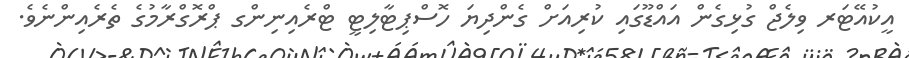
އީކުއޭޓަރ ވިލެޖް ގުޅިގެން އައްޑޫގައި ކުރިއަށް ގެންދިޔަ ހޮސްޕިޓާލިޓީ ޓްރެއިނިންގ ޕްރޮގްރާމުގެ ތެރެއިންނެވެ.